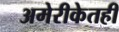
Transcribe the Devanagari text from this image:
अमेरीकेतही